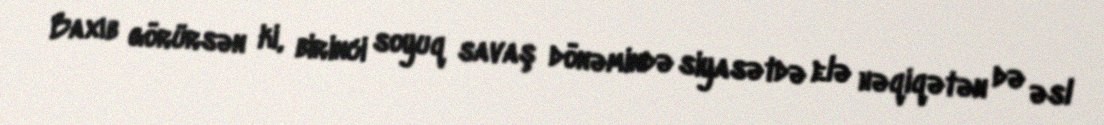
Baxıb görürsən ki, birinci soyuq savaş dönəmində siyasətdə elə həqiqətən də əsl